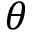
\theta